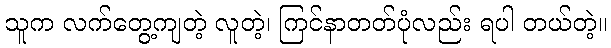
သူက လက်တွေ့ကျတဲ့ လူတဲ့၊ ကြင်နာတတ်ပုံလည်း ရပါ တယ်တဲ့။